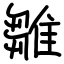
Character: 雛